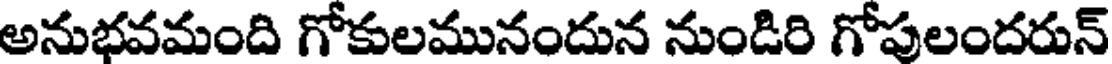
అనుభవమంది గోకులమునందున నుండిరి గోపులందరున్